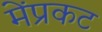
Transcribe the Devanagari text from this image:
मेंप्रकट